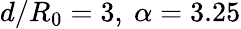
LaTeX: d/R_{0}=3,\ \alpha=3.25